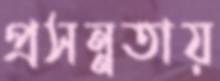
প্রসন্নতায়